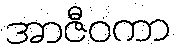
အာဇီဝကာ